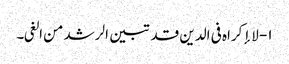
۱- لا إکراہ فی الدین قد تبین الرشد من الغی۔